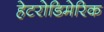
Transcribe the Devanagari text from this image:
हेटरोडिमेरिक